Alma_Vaarman, lk 11
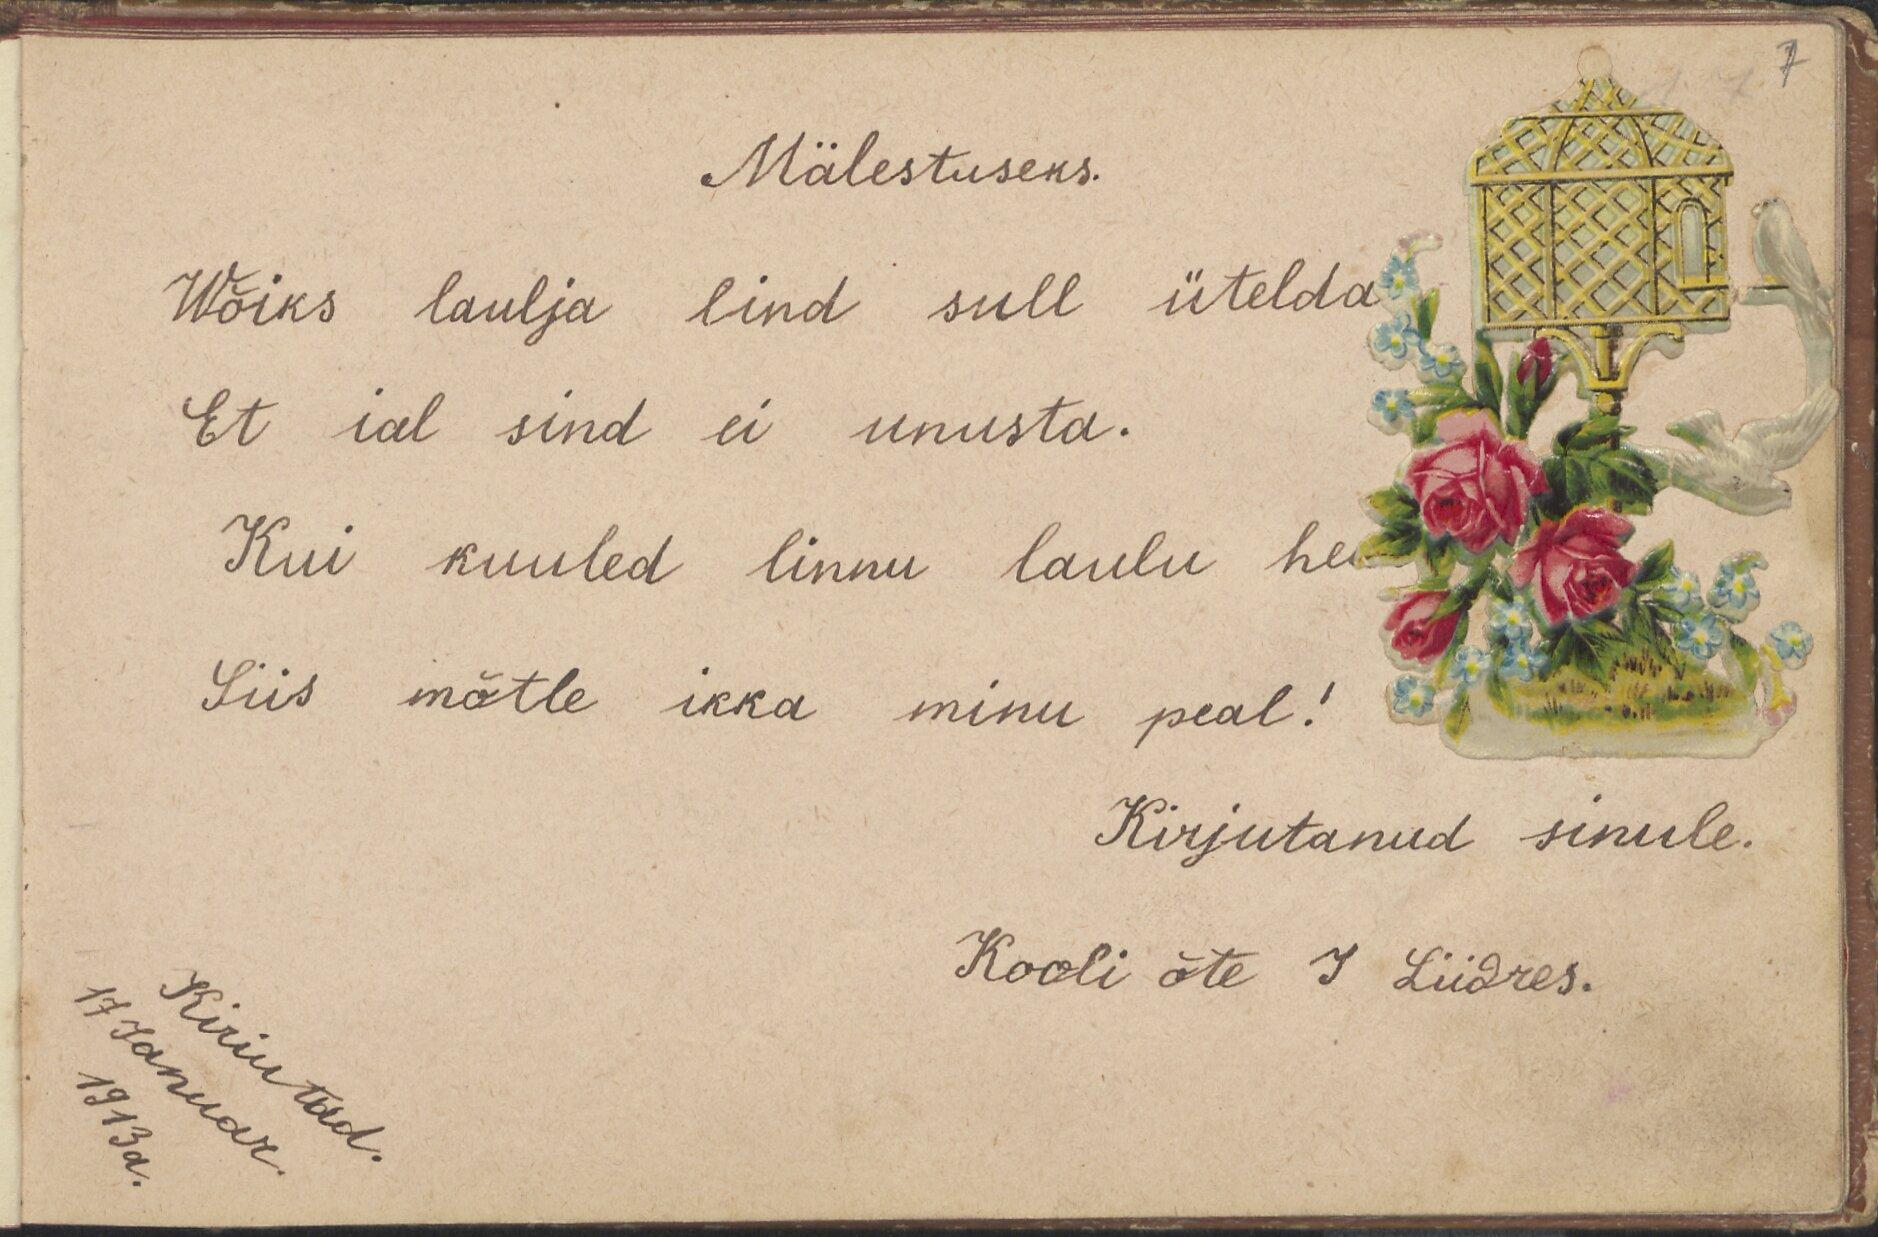
Mälestuseks.
Wõiks laulja lind sull ütelda
Et ial sind ei unusta.
Kui kuuled linnu laulu he
Siis mõtle ikka minu peal!
Kirjutanud sinule.
Kooli õte I Liidres.

Kiriutad
17 Januar
1913 a.